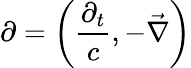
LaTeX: \mathbf{\partial}=\left({\frac{\partial_{t}}{c}},-{\vec{\mathbf{\nabla}}}\right)